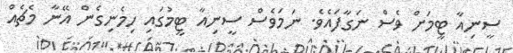
ސީނިއާ ޓީމަަށް ވެސް ނަގާފައެވެ. ނަމަވެސް ސީނިއާ ޓީމުގައި ހިމެނިގެން އޭނާ މެޗެއް